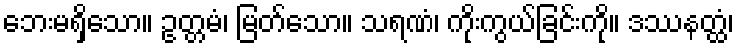
ဘေးမရှိသော။ ဥတ္တမံ၊ မြတ်သော။ သရဏံ၊ ကိုးကွယ်ခြင်းကို။ ဒဿနတ္ထံ၊